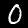
Digit: 0